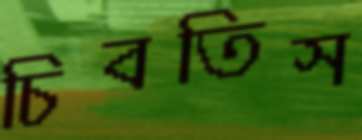
চিবতিস